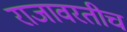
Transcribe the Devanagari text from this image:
राजावरतीच